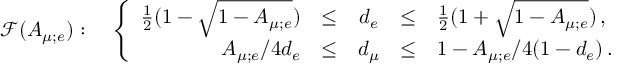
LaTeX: \mathcal { F } ( A _ { \mu ; e } ) : \quad \left\{ \begin{array} { r c c c l } { { \frac { 1 } { 2 } ( 1 - \sqrt { 1 - A _ { \mu ; e } } ) } } & { { \leq } } & { { d _ { e } } } & { { \leq } } & { { \frac { 1 } { 2 } ( 1 + \sqrt { 1 - A _ { \mu ; e } } ) \, , } } \\ { { A _ { \mu ; e } / 4 d _ { e } } } & { { \leq } } & { { d _ { \mu } } } & { { \leq } } & { { 1 - A _ { \mu ; e } / 4 ( 1 - d _ { e } ) \, . } } \end{array} \right.